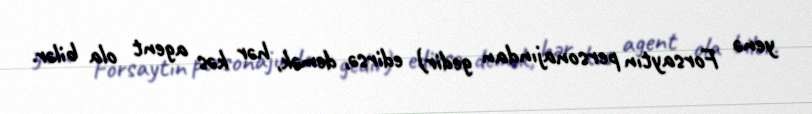
yenə Forsaytın personajından gedir) edirsə, demək, hər kəs agent ola bilər.